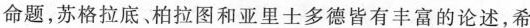
命题，苏格拉底。柏拉图和亚里士多德皆有丰富的论述，希